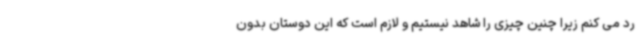
رد می کنم زیرا چنین چیزی را شاهد نیستیم و لازم است که این دوستان بدون